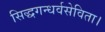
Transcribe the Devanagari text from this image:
सिद्धगन्धर्वसेविता।